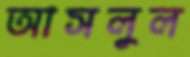
আসলুল